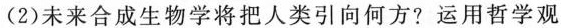
(2)未来合成生物学将把人类引向何方?运用哲学观